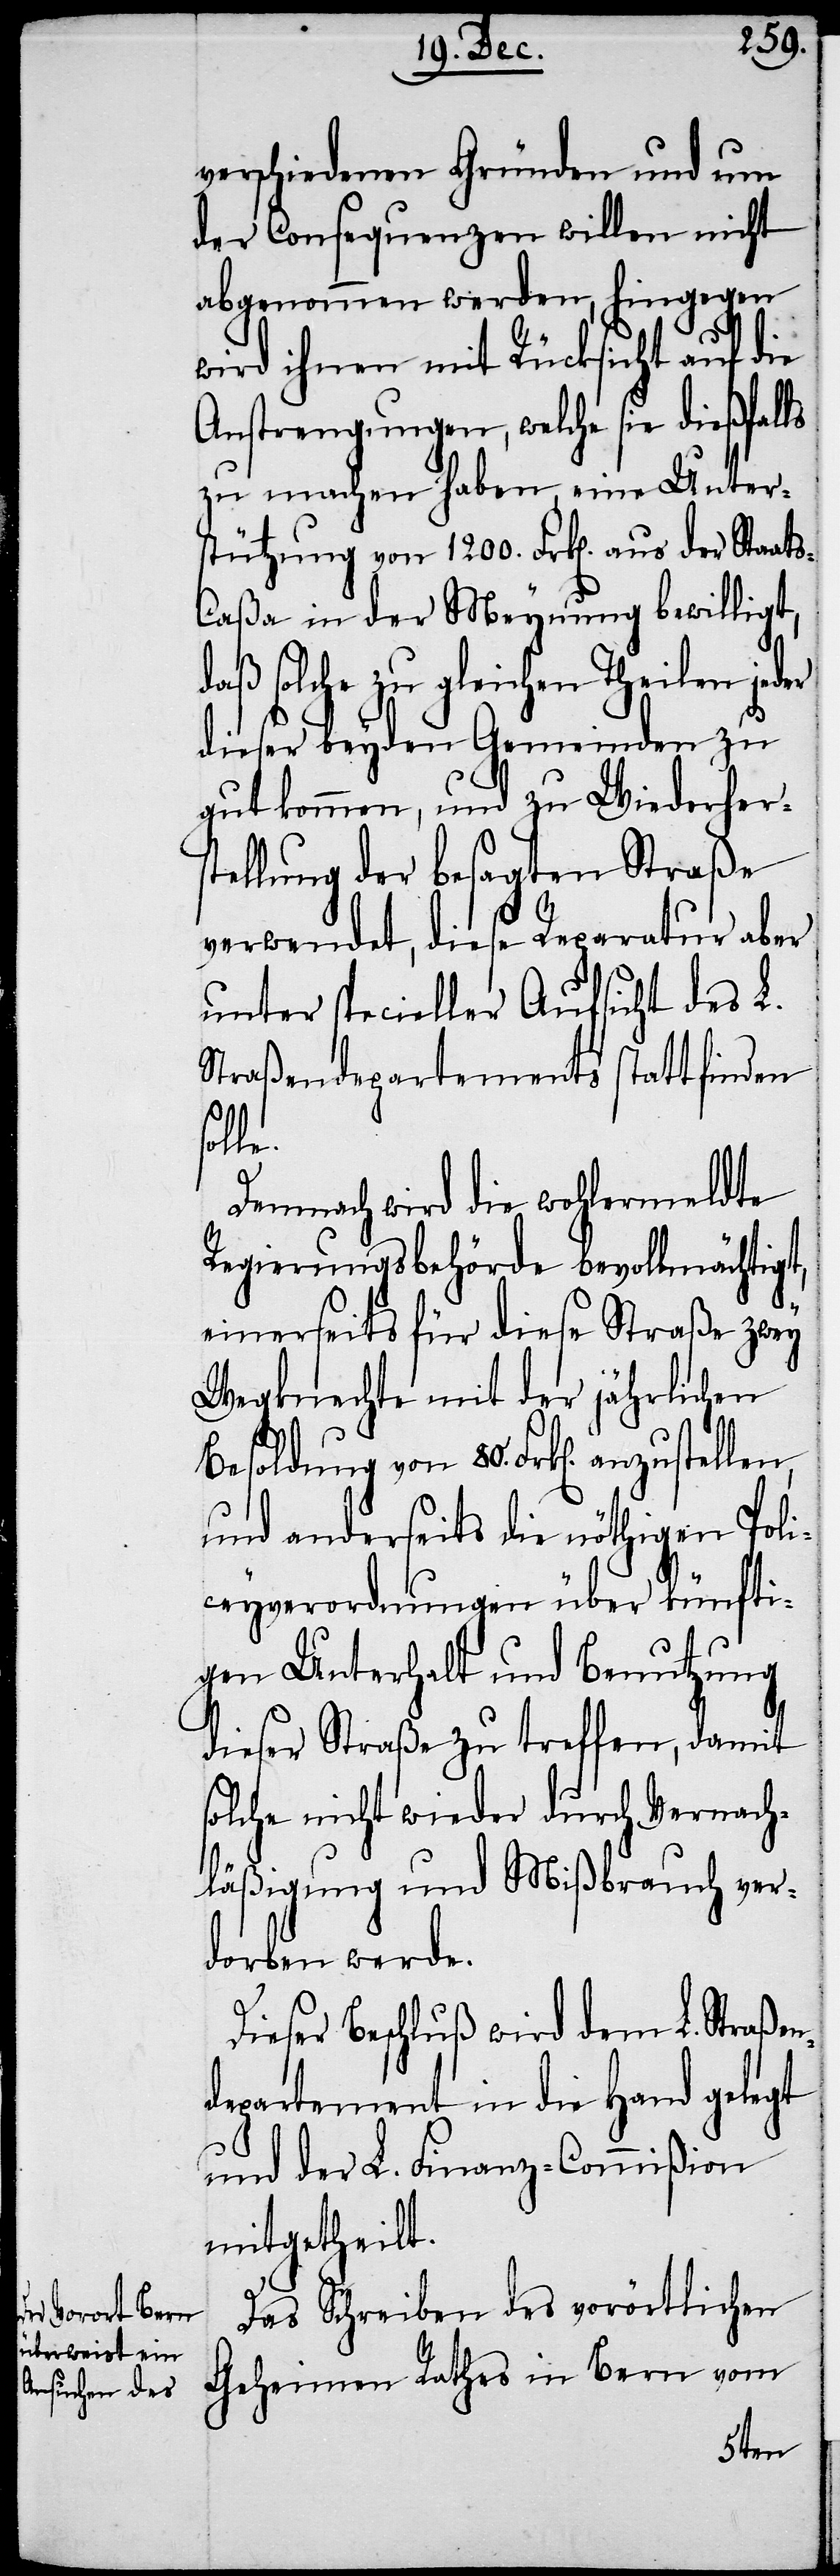
s¬
verschiedenen Gründen und um
der Consequenzen willen nicht
abgenommen werden, hingegen
wird ihnen mit Rücksicht auf die
Anstrengungen, welche sie dießfalls
zu machen haben, eine Unter¬
stützung von 1200. Frk[en]. aus
aßa in der Meynung bewilligt,
gleichen Theilen jeder
dieser beyden Gemeinden zu
gut kommen, und zu Wiederhers¬
tellung der besagten Straße
verwendet, diese Reparatur aber
unter specieller Aufsicht des L.
Straßendepartements stattfinden
olle.
Demnach wird die wohlermeldte
Regierungsbehörde bevollmächtigt,
einerseits für diese Straße zwey
Wegknechte mit der jährlichen
Besoldung von 80. Frk[en]. anzustel¬
und anderseits die nöthigen Poli¬
ceyverordnungen über künfti¬
gen Unterhalt und Benutzung
dieser Straße zu treffen, damit
solche nicht wieder durch Vernach¬
läßigung und Mißbrauch ver¬
dorben werde.
Dieser Beschluß wird dem L. Straßen¬
departement in die Hand gelegt
und der L. Finanz-Commißion
mitgetheilt.
Das Schreiben des vorörtlichen
Geheimen Rathes in Bern vom
len,